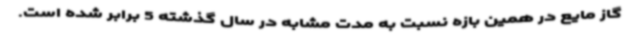
گاز مایع در همین بازه نسبت به مدت مشابه در سال گذشته 5 برابر شده است.